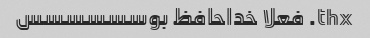
thx. فعلا خداحافظ بوسسسسسس